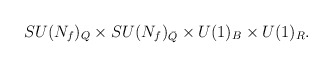
\begin{align*}SU(N_f)_{Q}\times SU(N_f)_{\bar Q} \times U(1)_B \times U(1)_R.\end{align*}